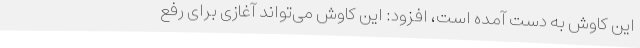
این کاوش به دست آمده است، افزود: این کاوش می‌تواند آغازی برای رفع